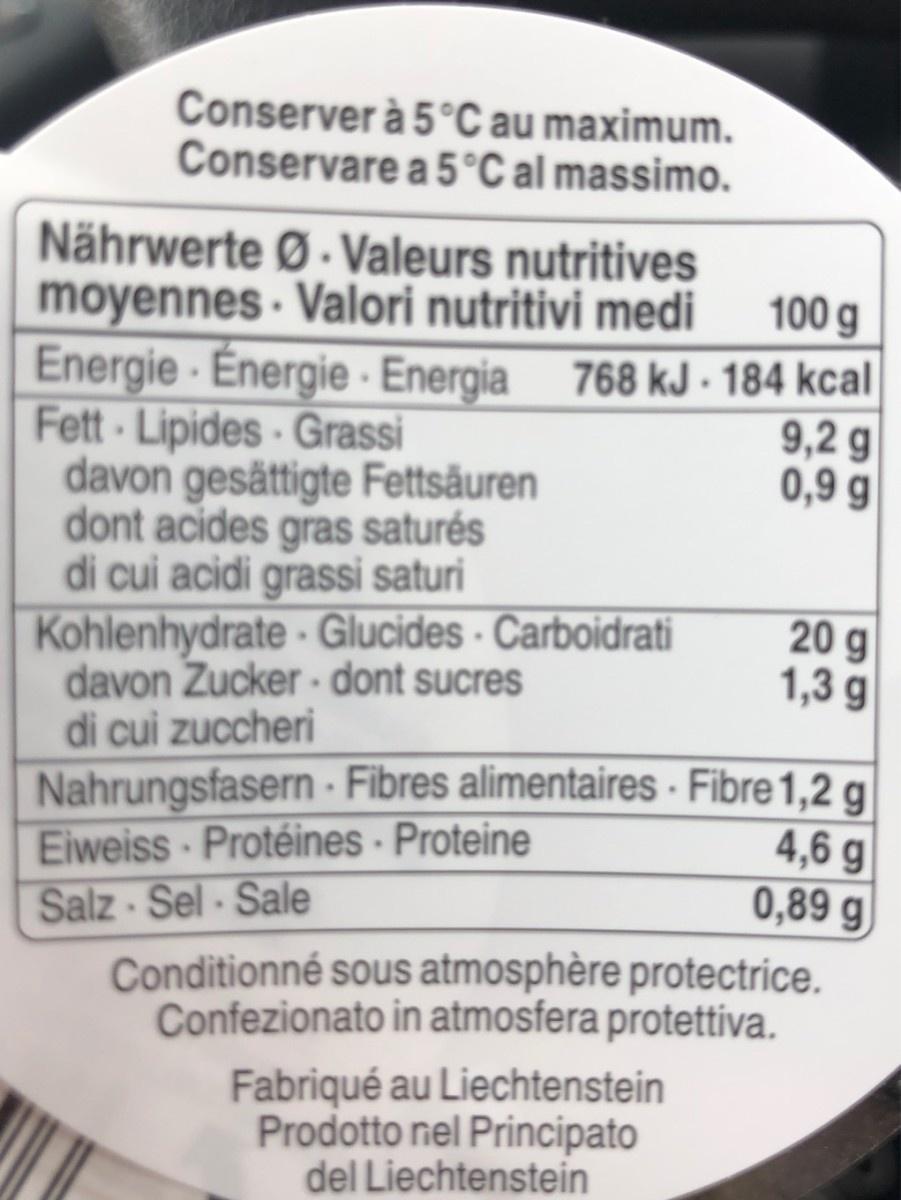
Conserver à 5°C au maximum. Conservare a 5°C al massimo. Nährwerte Ø- Valeurs nutritives moyennes · Valori nutritivi medi Energie - Énergie - Energia Fett Lipides · Grassi davon gesättigte Fettsäuren dont acides gras saturés di cui acidi grassi saturi Kohlenhydrate · Glucides · Carboidrati davon Zucker - dont sucres di cui zuccheri Nahrungsfasern - Fibres alimentaires - Fibre 1,2 g Eiweiss Protéines · Proteine Salz Sel - Sale Conditionné sous atmosphère protectrice. Confezionato in atmosfera protettiva. 100 g 768 kJ · 184 kcal 9,2 g 0,9 g 20 g 1,3 g 4,6 g 0,89 g Fabriqué au Liechtenstein Prodotto nel Principato del Liechtenstein